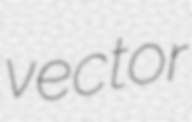
vector